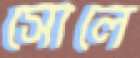
সোলে